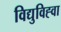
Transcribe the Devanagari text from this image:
विद्युविह्वा